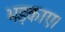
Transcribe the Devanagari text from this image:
भड़काए।